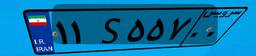
۱۱S۵۵۷۰۰